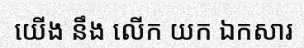
យើង នឹង លើក យក ឯកសារ